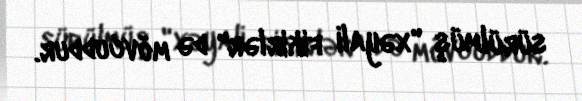
sürülmüş "xəyali fikirlər" də mövcuddur.